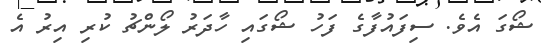
ޝޯގަ އެވެ. ސިފައުފާގެ ފަހު ޝޯގައި ހާދަރު ލޯންޗު ކުރި އިރު އެ